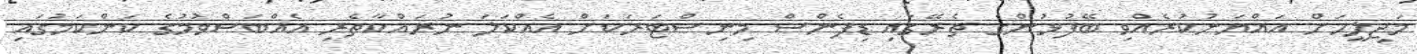
މަޖިލީހަށް އައްޔަނުކުރެއްވި ބޭފުޅުންގެ ތެރޭގައި ޑިފެންސް މިނިސްޓަރަކަށް އެއްކަލަ ނުރައްކާތެރި އެއްބަސްވުމުގެ ކަންކަމުގައި